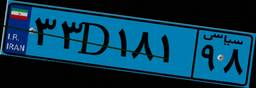
۳۳D۱۸۱۹۸